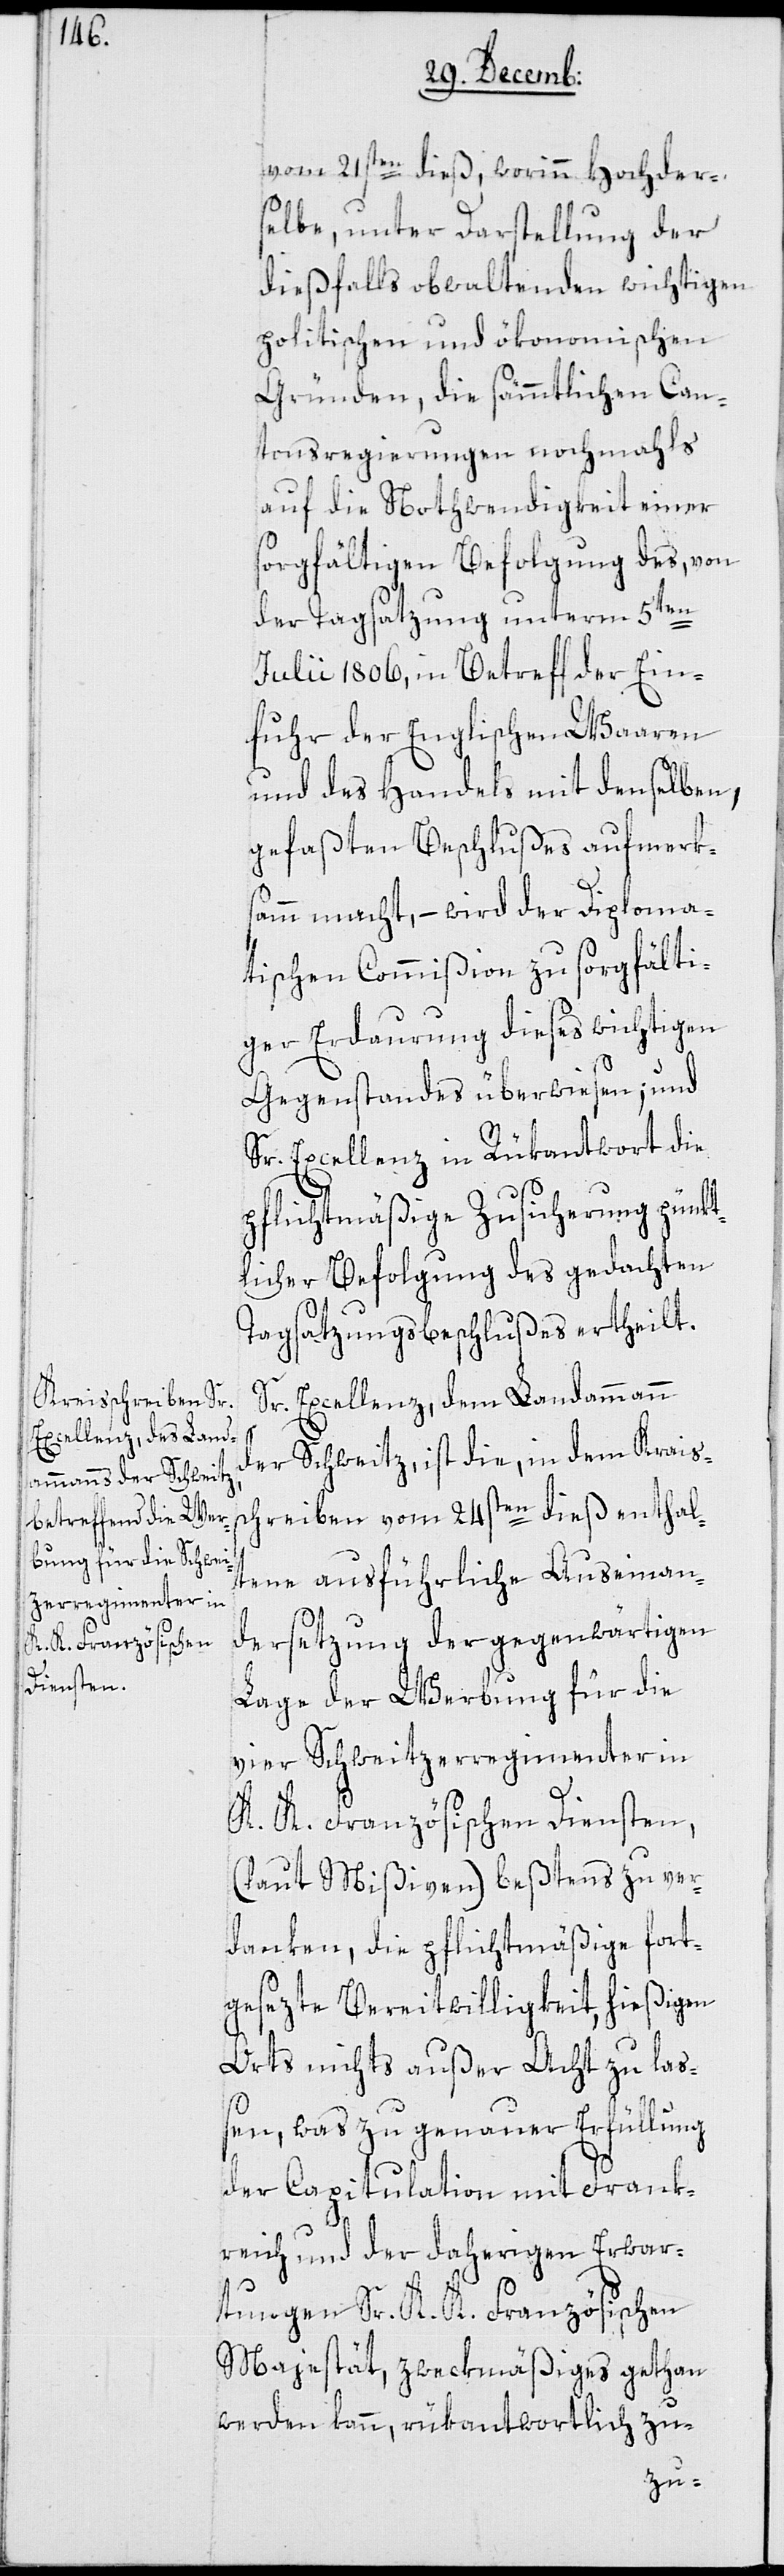
vom 21sten dieß, worinn Hochders¬
elbe, unter Darstellung der
dießfalls obwaltenden wichtigen
politischen und ökonomischen
Gründen, die sämmtlichen Can¬
tonsregierungen nochmahls
auf die Nothwendigkeit einer
sorgfältigen Befolgung des, von
der Tagsatzung unterm 5ten
Julii 1806, in Betreff der Ein¬
fuhr der englischen Waaren
und des Handels mit denselben,
gefaßten Beschlußes aufmerk¬
sam macht, – wird der Diploma¬
tischen Commißion zu sorgfälti¬
ger Erdaurung dieses wichtigen
Gegenstandes überwiesen; und
Sr. Excellenz in Rükantwort die
pflichtmäßige Zusicherung pünkt¬
licher Befolgung des gedachten
Tagsatzungsbeschlußes ertheilt.
Sr. Excellenz dem Landammann
der Schweitz, ist die, in dem Krais¬
schreiben vom 24sten dieß enthal¬
tene ausführliche Auseinan¬
dersetzung der gegenwärtigen
Lage der Werbung für die
vier Schweitzerregimenter in
K. K. Französischen Diensten,
(laut Mißiven) beßtens zu ver¬
danken, die pflichtmäßige fort¬
gesezte Bereitwilligkeit, hießigen
Orts nichts außer Acht zu laß¬
en, was zu genauer Erfüllung
der Capitulation mit Frank¬
reich und der daherigen Erwar¬
tungen Sr. K. K. Französischen
Majestät, zweckmäßiges gethan
werden kann, rükantwortlich zu-